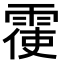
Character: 𮦙